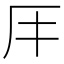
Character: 𠨭